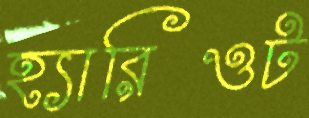
হ্যারিওট